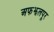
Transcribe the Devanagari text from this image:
अफझलपूर